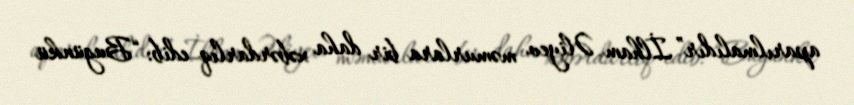
aparılmalıdır”.İlham Əliyev məmurlara bir daha xəbərdarlıq edib: “Bugünkü